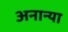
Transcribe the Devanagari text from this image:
अनान्या